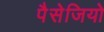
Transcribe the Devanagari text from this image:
पैसेजियो